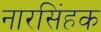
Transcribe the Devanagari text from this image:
नारसिंहक